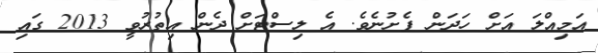
އަމިއްލަ އަށް ހަދަން ފެށުނެވެ. އެ ލިސްޓަށް ދެން އިތުރުވީ 2013 ގައި